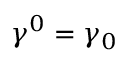
\gamma ^ { 0 } = \gamma _ { 0 }